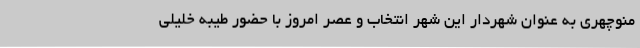
منوچهری به عنوان شهردار این شهر انتخاب و عصر امروز با حضور طیبه خلیلی